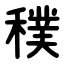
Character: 穙